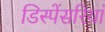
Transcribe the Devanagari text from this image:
डिस्पेंसरियां